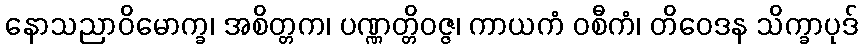
နောသညာဝိမောက္ခ၊ အစိတ္တက၊ ပဏ္ဏတ္တိဝဇ္ဇ၊ ကာယကံ ဝစီကံ၊ တိဝေဒန သိက္ခာပုဒ်